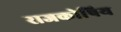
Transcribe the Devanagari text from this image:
राजकोषिय